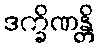
ဒက္ခိဏန္တိ